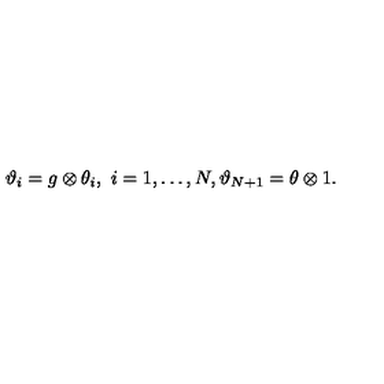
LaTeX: \vartheta _ { i } = g \otimes \theta _ { i } , \ i = 1 , \dots , N , \vartheta _ { N + 1 } = \theta \otimes 1 .